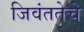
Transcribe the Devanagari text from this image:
जिवंततेचे